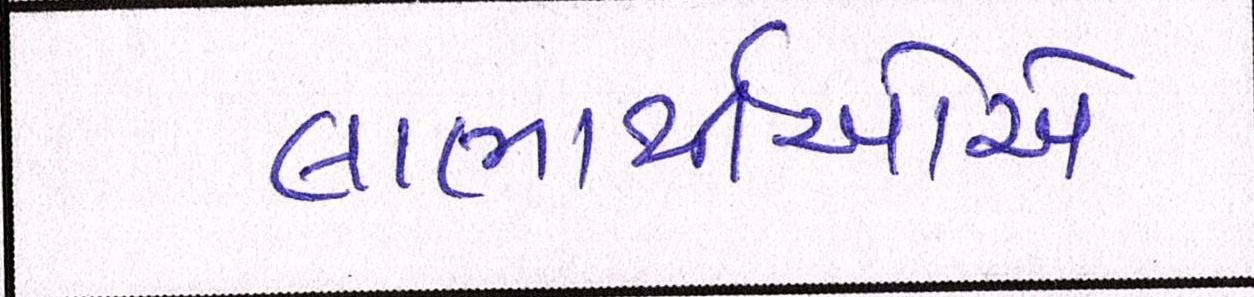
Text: લાભાર્થીઓએ